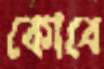
কোবে